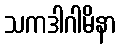
သကဒါဂါမိနာ